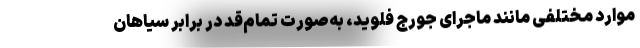
موارد مختلفی مانند ماجرای جورج فلوید، به‌صورت تمام‌قد در برابر سیاهان